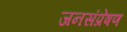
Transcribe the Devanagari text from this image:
जनसंप्रेषण